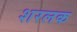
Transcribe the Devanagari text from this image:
शरलक